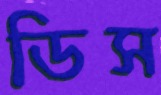
ডিস